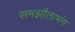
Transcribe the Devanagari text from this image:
समझौताभंग